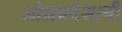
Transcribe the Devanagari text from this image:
आंध्रप्रदेशाची